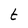
Character: t